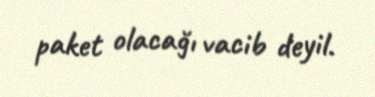
paket olacağı vacib deyil.